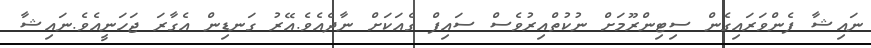
ނަައިޝާ ފެންވަރައިގެން ސިޓިންރޫމަށް ނުކުތްއިރުވެސް ސައިފް ގެއަކަށް ނާދެއެވެ.އޭރު ގަނޑިން އެގާރަ ޖަހަނީއެވެ.ނަައިޝާ